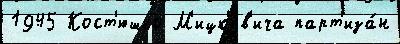
1945 Кост'юшко М'ицк'ев'ича парт'иза́н